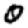
Digit: 0